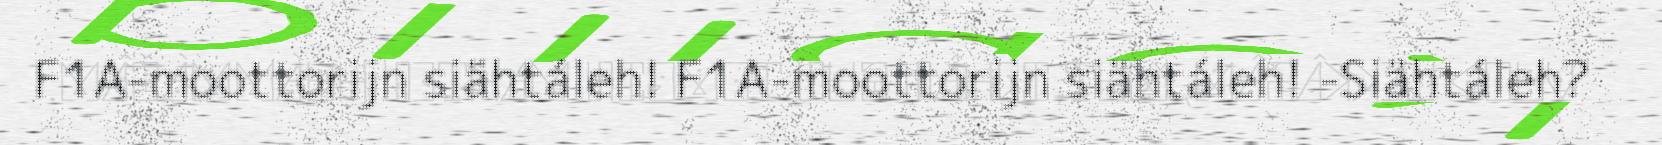
F1A-moottorijn siähtáleh! F1A-moottorijn siähtáleh! -Siähtáleh?